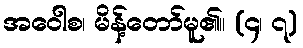
အဝေါစ၊ မိန့်တော်မူ၏။ (၄၊ ၇)